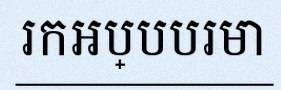
រកអប្បបរមា